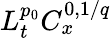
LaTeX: L_{t}^{p_{0}}C_{x}^{0,1/q}